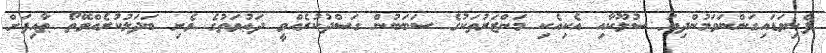
ފެނިވަޑައިގަންނަވަމުންދިޔަ ސުލޫކާއި އެކިއެކި މަންޒަރުތަކުގެ ސަބަބުން ގަސްދުކުރެއްވީ ދަޢުވަތުގެ ވެށި ބަދަލުކުރެއްވޭތޯ ޠާއިފަށް